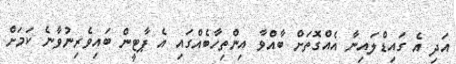
އަދި އެ ގައިޑްލައިނާ އެއްގޮތަށް ބާއްވާ އިންތިހާބެއްގައި އެ ޕާޓީން ބައިވެރިނުވާނެ ކަމަށް